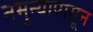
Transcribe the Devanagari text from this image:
नमुन्यापासून